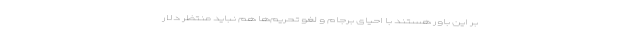
بر این باور هستند با احیای برجام و لغو تحریم‌ها هم نباید منتظر دلار